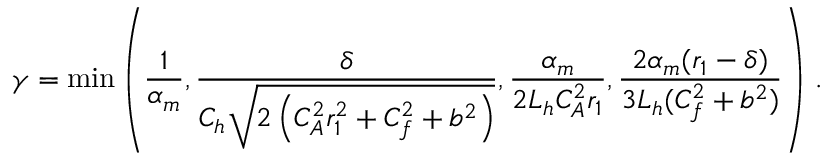
\gamma = \operatorname* { m i n } \left( \frac { 1 } { \alpha _ { m } } , \frac { \delta } { C _ { h } \sqrt { 2 \left( C _ { A } ^ { 2 } r _ { 1 } ^ { 2 } + C _ { f } ^ { 2 } + b ^ { 2 } \right) } } , \frac { \alpha _ { m } } { 2 L _ { h } C _ { A } ^ { 2 } r _ { 1 } } , \frac { 2 \alpha _ { m } ( r _ { 1 } - \delta ) } { 3 L _ { h } ( C _ { f } ^ { 2 } + b ^ { 2 } ) } \right) \, .